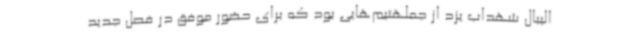
الیبال شهداب یزد از جملهتیم‌هایی بود که برای حضور موفق در فصل جدید